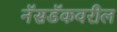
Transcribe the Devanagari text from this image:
नॅसडॅकवरील